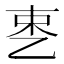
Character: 𬼥